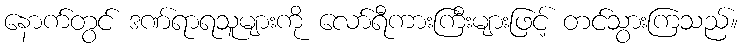
နောက်တွင် ဒဏ်ရာရသူများကို လော်ရီကားကြီးများဖြင့် တင်သွားကြသည်။